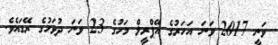
ވަނީ 2017 ވަނަ އަހަރުގެ އޭޕްރީލް މަހުގެ 23 ވަނަ ދުވަހުގެ ރޭގައެވެ.